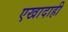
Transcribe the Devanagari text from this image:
एखादाही